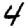
Digit: 4